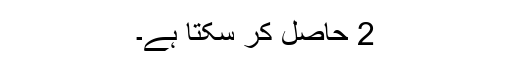
2 حاصل کر سکتا ہے۔